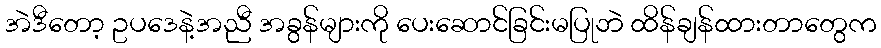
အဲဒီတော့ ဥပဒေနဲ့အညီ အခွန်များကို ပေးဆောင်ခြင်းမပြုဘဲ ထိန်ချန်ထားတာတွေက